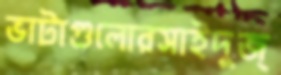
ভাটাগুলোরসাইদুজ্